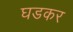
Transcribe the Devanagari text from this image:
घडकर